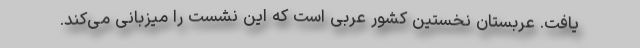
یافت. عربستان نخستین کشور عربی است که این نشست را میزبانی می‌کند.